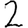
Digit: 2